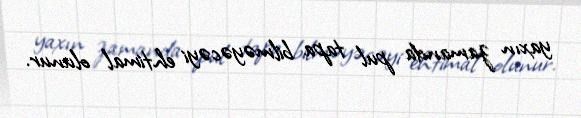
yaxın zamanda pul tapa bilməyəcəyi ehtimal olunur.